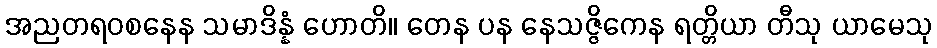
အညတရဝစနေန သမာဒိန္နံ ဟောတိ။ တေန ပန နေသဇ္ဇိကေန ရတ္တိယာ တီသု ယာမေသု